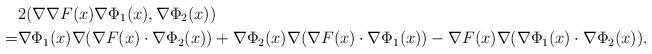
LaTeX: \begin{align*}&2(\nabla\nabla F(x)\nabla\Phi_1(x),\nabla\Phi_2(x))\\=&\nabla\Phi_1(x) \nabla(\nabla F(x)\cdot\nabla\Phi_2(x))+ \nabla\Phi_2(x) \nabla(\nabla F(x)\cdot\nabla\Phi_1(x))-\nabla F(x)\nabla(\nabla\Phi_1(x)\cdot\nabla\Phi_2(x)).\end{align*}